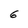
Character: 6